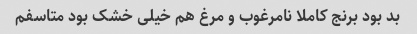
بد بود برنج کاملا نامرغوب و مرغ هم خیلی خشک بود متاسفم